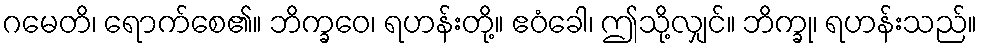
ဂမေတိ၊ ရောက်စေ၏။ ဘိက္ခဝေ၊ ရဟန်းတို့။ ဧဝံခေါ၊ ဤသို့လျှင်။ ဘိက္ခု၊ ရဟန်းသည်။